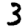
Digit: 3